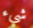
شيء